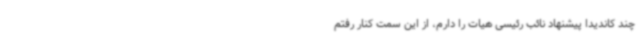
چند کاندیدا پیشنهاد نائب رئیسی هیات را دارم، از این سمت کنار رفتم